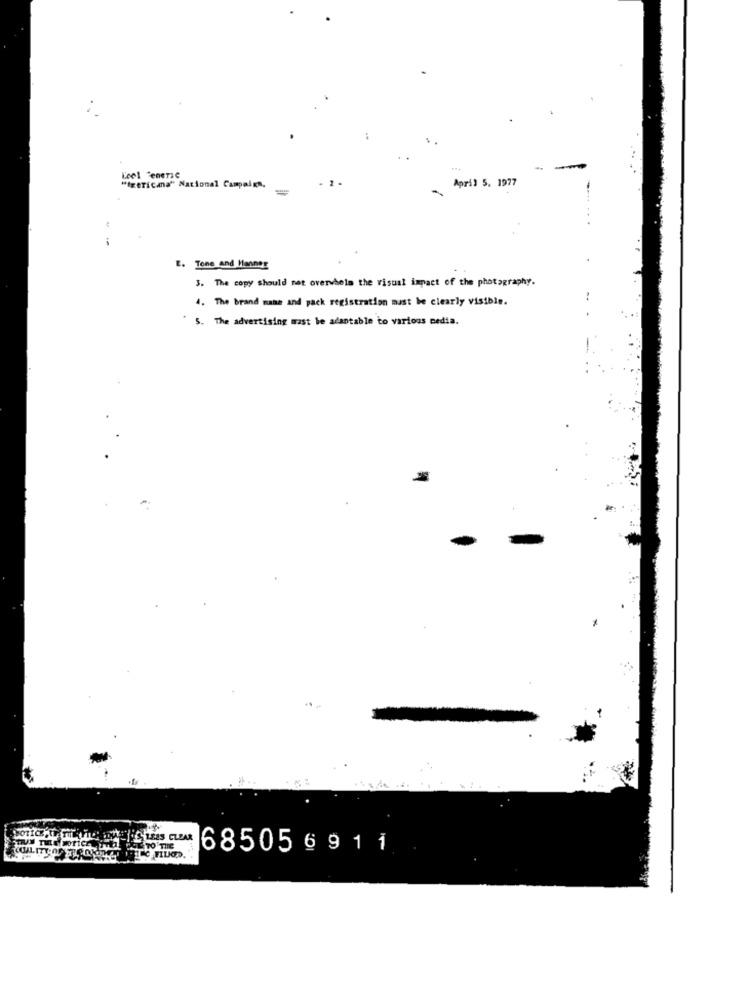
Keel Tenerse
April 5, 1977
"txericana" Nacional Campaign,
-
-
E. Tone and Hannes
3. The copy should not overvhela the visual impact of the photography.
4. The brand mann and pack registration must be clearly visible.
5. The advertising mast le adantable to various media.
685056 9 1 1